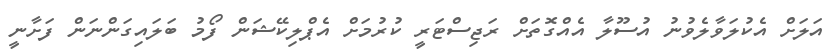
އަލަށް އެކުލަވާލެވުނު އުސޫލާ އެއްގޮތަށް ރަޖިސްޓަރީ ކުރުމަށް އެޕްލިކޭޝަން ފޯމު ބަލައިގަންނަން ފަށާނީ